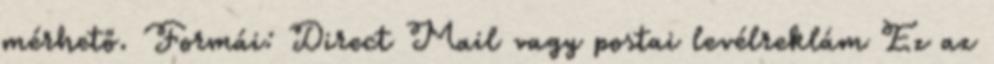
mérhető. Formái: Direct Mail vagy postai levélreklám Ez az